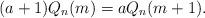
LaTeX: \begin{align*}(a+1) Q_n(m)=a Q_n(m+1).\end{align*}